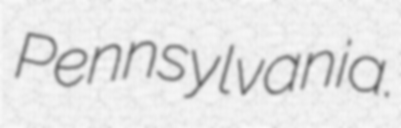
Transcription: Pennsylvania.